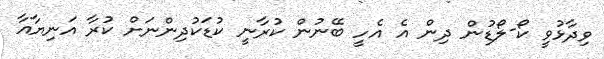
ވިދާޅުވީ ކޯ-ލޯޑުން ދިން އެ އެހީ ބޭނުން ކުރާނީ ކުޑަކުދިންނަށް ކުރާ އަނިޔާއާ